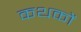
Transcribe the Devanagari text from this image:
कथकों